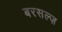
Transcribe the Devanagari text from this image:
बरसल्ज़